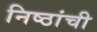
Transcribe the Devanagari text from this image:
निष्ठांची